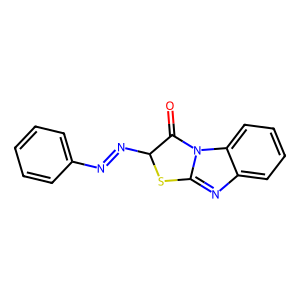
SMILES: O=C1C(N=Nc2ccccc2)Sc2nc3ccccc3n21
Inhibits HIV replication: No